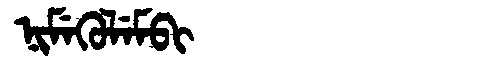
Manchu: ᠨᡳᠮᡝᡴᡠᠯᡝᠮᠪᡳ
Romanization: NIMEKULEMBI